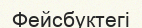
Фейсбуктегі